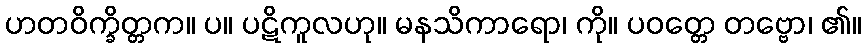
ဟတဝိက္ခိတ္တက။ ပ။ ပဋိကူလဟု။ မနသိကာရော၊ ကို။ ပဝတ္တေ တဗ္ဗော၊ ၏။